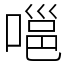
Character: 嗈